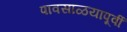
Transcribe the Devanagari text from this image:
पावसाळयापूर्वी